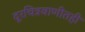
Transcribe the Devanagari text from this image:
दूरचित्रवाणीतही